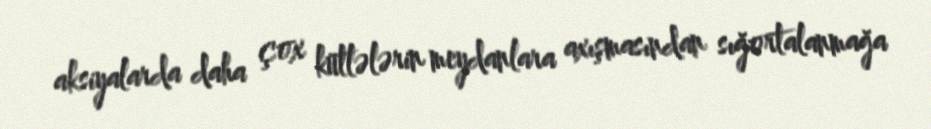
aksiyalarda daha çox kütlələrin meydanlara axışmasından sığortalanmağa